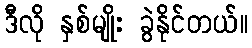
ဒီလို နှစ်မျိုး ခွဲနိုင်တယ်။